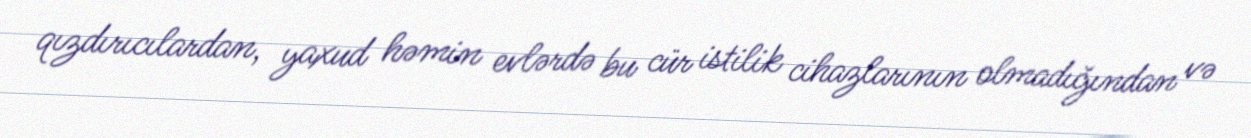
qızdırıcılardan, yaxud həmin evlərdə bu cür istilik cihazlarının olmadığından və